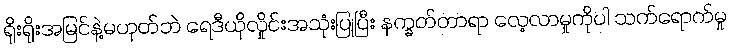
ရိုးရိုးအမြင်နဲ့မဟုတ်ဘဲ ရေဒီယိုလှိုင်းအသုံးပြုပြီး နက္ခတ်တာရာ လေ့လာမှုကိုပါ သက်ရောက်မှု